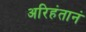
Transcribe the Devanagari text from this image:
अरिहंतानं